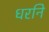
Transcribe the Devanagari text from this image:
धरनि